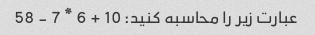
عبارت زیر را محاسبه کنید: 10 + 6 * 7 - 58